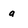
Character: g